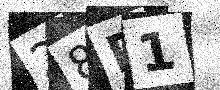
Text: 28P1